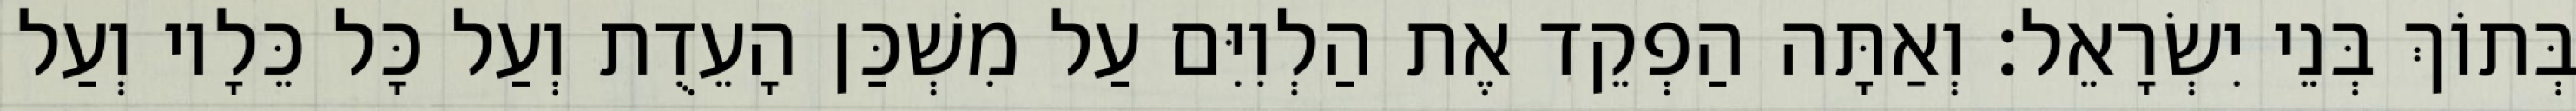
בְּתוֹךְ בְּנֵי יִשְׂרָאֵל׃ וְאַתָּה הַפְקֵד אֶת הַלְוִיִּם עַל מִשְׁכַּן הָעֵדֻת וְעַל כָּל כֵּלָיו וְעַל